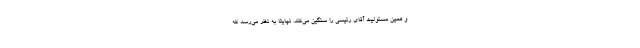
و همین مسئولیت آقای رئیسی را سنگین می‌کند. نهایتا به نظر می‌رسد که